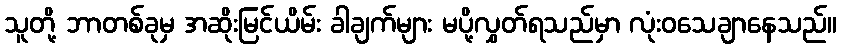
သူတို့ ဘာတစ်ခုမှ အဆိုးမြင်ယိမ်း ခါချက်များ မပို့လွှတ်ရသည်မှာ လုံးဝသေချာနေသည်။